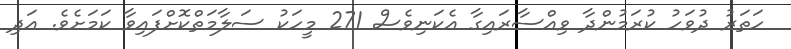
ހަތަރު ދުވަހު ކުރަމުންދާ ވިއްސާރައިގާ އެކަނިވެސް 271 މީހަކު ސަލާމަތްކޮށްފައިވާ ކަމަށެވެ. އަދި